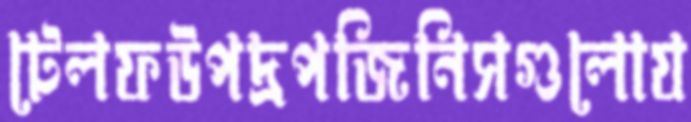
টেলফউপদ্রপজিনিসগুলোয